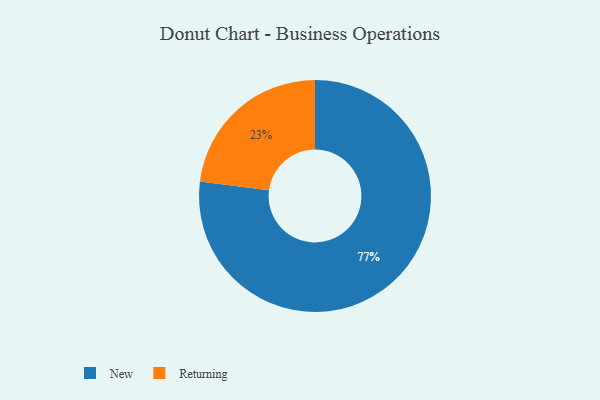
{"axis": {"x": "Category", "y": "Percentage"}, "legend": ["New", "Returning"], "data": [{"x": "New", "y": 77, "type": "New"}, {"x": "Returning", "y": 23, "type": "Returning"}]}